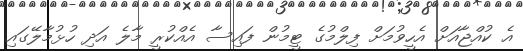
އެ ކުއްޖާއަށް އެހީވުމަށް ފިލްމުގެ ޓީމުން ފައިސާ އެއްކުރީ މާލެ އަދި ހުޅުމާލޭގައި